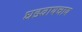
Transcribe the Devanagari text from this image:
घडवायचाय